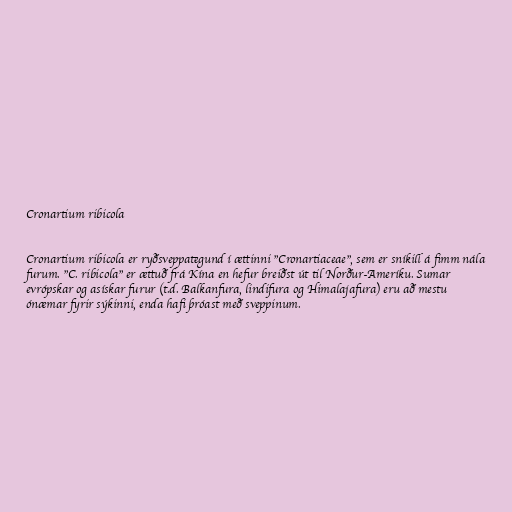
Cronartium ribicola

Cronartium ribicola er ryðsveppategund í ættinni "Cronartiaceae", sem er sníkill á fimm nála
furum. "C. ribicola" er ættuð frá Kína en hefur breiðst út til Norður-Ameríku. Sumar
evrópskar og asískar furur (t.d. Balkanfura, lindifura og Himalajafura) eru að mestu
ónæmar fyrir sýkinni, enda hafi þróast með sveppinum.